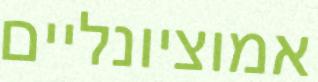
אמוציונליים